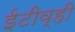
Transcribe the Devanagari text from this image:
ईटीव्ही